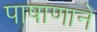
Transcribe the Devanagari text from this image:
पाषाणाने